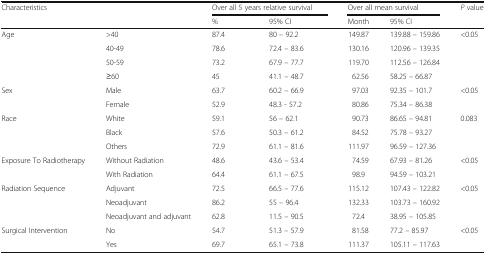
| <ROWSPAN=2-COLSPAN=2> Characteristics | <COLSPAN=2> Over all 5 years relative survival | <COLSPAN=2> Over all mean survival | <ROWSPAN=2> P value |
 | % | 95% CI | Month | 95% CI |
 | --- | --- | --- | --- | --- | --- | --- |
 | <ROWSPAN=4> Age | >40 | 87.4 | 80 – 92.2 | 149.87 | 139.88 – 159.86 | <ROWSPAN=4> <0.05 |
 | 40-49 | 78.6 | 72.4 – 83.6 | 130.16 | 120.96 – 139.35 |
 | 50-59 | 73.2 | 67.9 – 77.7 | 119.70 | 112.56 – 126.84 |
 | ≥60 | 45 | 41.1 – 48.7 | 62.56 | 58.25 – 66.87 |
 | <ROWSPAN=2> Sex | Male | 63.7 | 60.2 – 66.9 | 97.03 | 92.35 – 101.7 | <ROWSPAN=2> <0.05 |
 | Female | 52.9 | 48.3 - 57.2 | 80.86 | 75.34 – 86.38 |
 | <ROWSPAN=3> Race | White | 59.1 | 56 – 62.1 | 90.73 | 86.65 – 94.81 | <ROWSPAN=3> 0.083 |
 | Black | 57.6 | 50.3 – 61.2 | 84.52 | 75.78 – 93.27 |
 | Others | 72.9 | 61.1 – 81.6 | 111.97 | 96.59 – 127.36 |
 | <ROWSPAN=2> Exposure To Radiotherapy | Without Radiation | 48.6 | 43.6 – 53.4 | 74.59 | 67.93 – 81.26 | <ROWSPAN=2> <0.05 |
 | With Radiation | 64.4 | 61.1 – 67.5 | 98.9 | 94.59 – 103.21 |
 | <ROWSPAN=3> Radiation Sequence | Adjuvant | 72.5 | 66.5 – 77.6 | 115.12 | 107.43 – 122.82 | <ROWSPAN=3> <0.05 |
 | Neoadjuvant | 86.2 | 55 – 96.4 | 132.33 | 103.73 – 160.92 |
 | Neoadjuvant and adjuvant | 62.8 | 11.5 – 90.5 | 72.4 | 38.95 – 105.85 |
 | <ROWSPAN=2> Surgical Intervention | No | 54.7 | 51.3 – 57.9 | 81.58 | 77.2 – 85.97 | <ROWSPAN=2> <0.05 |
 | Yes | 69.7 | 65.1 – 73.8 | 111.37 | 105.11 – 117.63 |